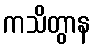
ကသိတွာန